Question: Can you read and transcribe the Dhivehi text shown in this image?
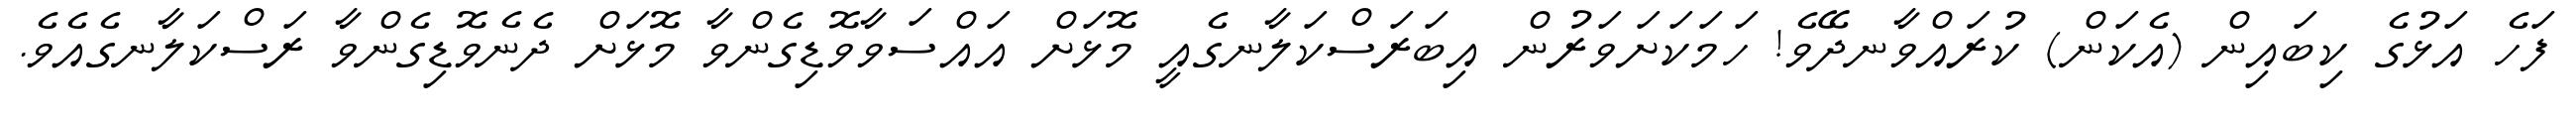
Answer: ފަހެ އަޅުގެ ކިބައިން (އެކަން) ކުރައްވާނދޭވެ! ހަމަކަށަވަރުން އިބަރަސްކަލާނގެއީ މޮޅަށް އައްސަވާވޮޑިގެންވާ މޮޅަށް ދެނެވޮޑިގެންވާ ރަސްކަލާނގެއެވެ.